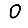
Digit: 0